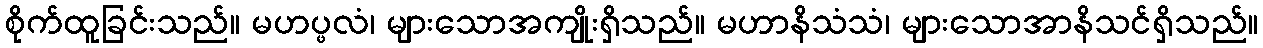
စိုက်ထူခြင်းသည်။ မဟပ္ဖလံ၊ များသောအကျိုးရှိသည်။ မဟာနိသံသံ၊ များသောအာနိသင်ရှိသည်။